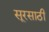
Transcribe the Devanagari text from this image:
सूरसाठी